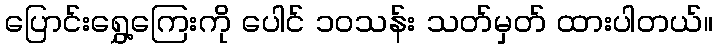
ပြောင်းရွှေ့ကြေးကို ပေါင် ၁၀သန်း သတ်မှတ် ထားပါတယ်။